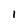
Character: I